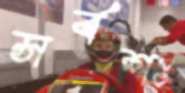
সর্বশঃ